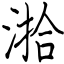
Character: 湁